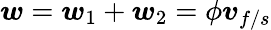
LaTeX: \boldsymbol{w}=\boldsymbol{w}_{1}+\boldsymbol{w}_{2}=\phi\boldsymbol{v}_{f/s}